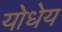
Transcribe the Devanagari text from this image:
योधेय